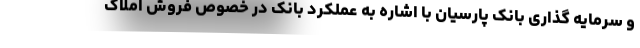
و سرمایه گذاری بانک پارسیان با اشاره به عملکرد بانک در خصوص فروش املاک